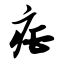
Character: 疟